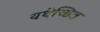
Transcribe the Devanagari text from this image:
यथेच्छित